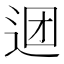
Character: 𰺹